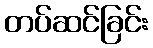
တပ်ဆင်ခြင်း